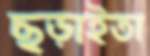
ছড়াইতা